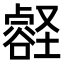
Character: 𫫽